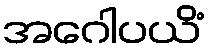
အဂေါပယိံ